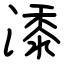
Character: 潻